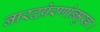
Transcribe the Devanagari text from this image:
नारदप्रेरणोन्मुखः।